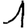
Digit: 1